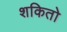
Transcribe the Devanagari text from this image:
शकितो